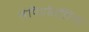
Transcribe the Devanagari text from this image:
लेपिडोसॉरिया